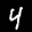
Label: 4